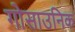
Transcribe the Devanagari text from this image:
गोसाउनिक